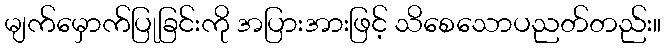
မျက်မှောက်ပြုခြင်းကို အပြားအားဖြင့် သိစေသောပညတ်တည်း။